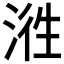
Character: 𭰵